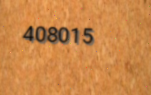
408015